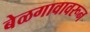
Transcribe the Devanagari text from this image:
बेळगावावरून